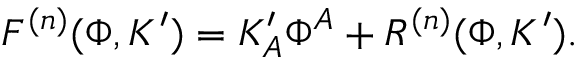
F ^ { ( n ) } ( \Phi , K ^ { \prime } ) = K _ { A } ^ { \prime } \Phi ^ { A } + R ^ { ( n ) } ( \Phi , K ^ { \prime } ) .